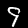
Label: 9